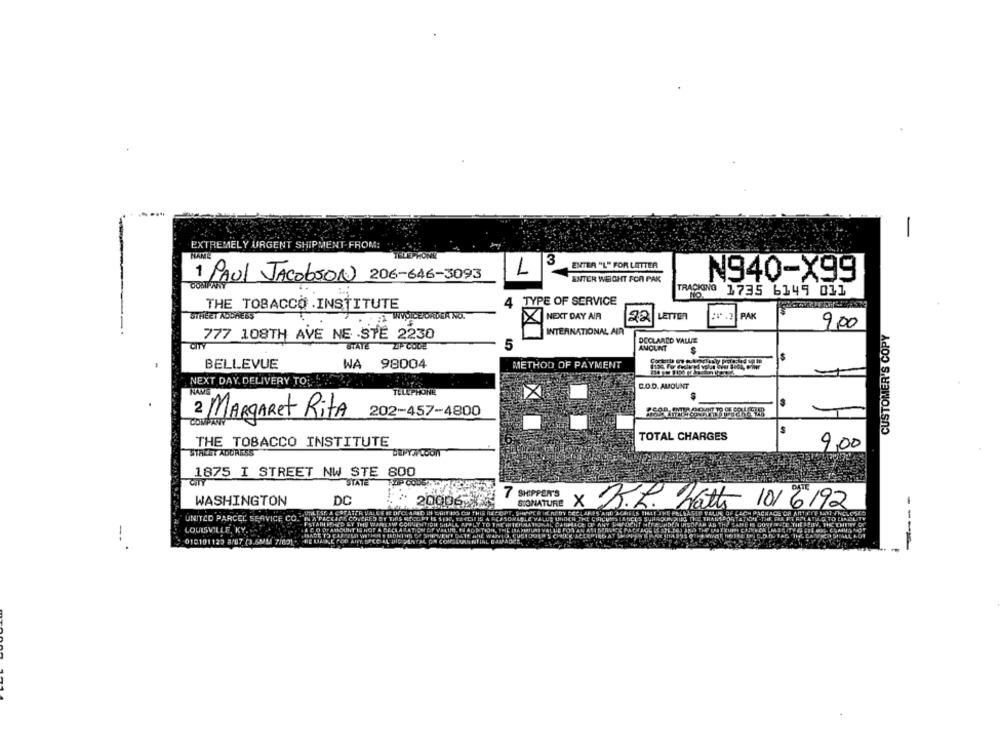
EXTREMELY URGENT SHIPMENT-FROM:
3
ENTER "L" FOR LETTER
1
ENTER WIEGHT FOR PAK
N940-X99
1 PAUL JacobsON 206-646-3093
TRACIONG
1735 6145 011
4 TYPE OF SERVICE
THE TOBACCO .INSTITUTE
STREET ADDRESS
WVOICE ORDER NO.
NEXT DAY AIR
LETTER
:. PAK
22
9,00
INTERNATIONAL AIR
CUSTOMER'S COPY
777 108TH AVE NESTE 2230
DECLAADD VALUE
CITY
STATE
ZIP CODE
5
AMOUNT
BELLEVUE
WA
98004
METHOD OF PAYMENT
NEXT DAY DELIVERY TO.
C.O.D. AMOUNT
TELEPHONE
202-457-4800
2 MARGARet RitA
TOTAL CHARGES
THE TOBACCO INSTITUTE
STREET ADDRESS
9,00
1875 I STREET NW STE 800
CITY
STATE
WASHINGTON
DC
20006%
X
B.L. Nath 10/6192
UNITED PARCEL SERVICE CO."
KARL CONCRET
OVERLE
TO LIAALITY
MED &T THE VAMe
INTERNA TROR
LOUISVILLE, KY ..
010101123 8/07 (3.6MM1 7/621-
----